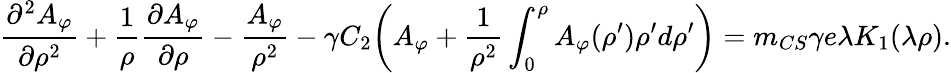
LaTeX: \frac{\partial^{2}A_{\varphi}}{\partial\rho^{2}}+\frac{1}{\rho}\frac{\partial A_{\varphi}}{\partial\rho}-\frac{A_{\varphi}}{\rho^{2}}-\gamma C_{2}\bigg(A_{\varphi}+\frac{1}{\rho^{2}}\int_{0}^{\rho}A_{\varphi}(\rho^{\prime})\rho^{\prime}d\rho^{\prime}\bigg)=m_{CS}\gamma e\lambda K_{1}(\lambda\rho).